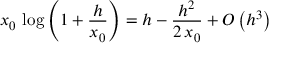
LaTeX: x _ { 0 } \, \log \left( 1 + { \frac { h } { x _ { 0 } } } \right) = h - { \frac { h ^ { 2 } } { 2 \, x _ { 0 } } } + O \left( h ^ { 3 } \right)